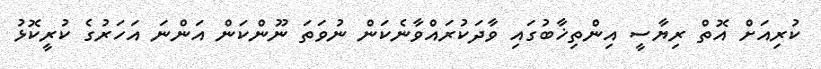
ކުރިއަށް އޮތް ރިޔާސީ އިންތިޚާބުގައި ވާދަކުރައްވާނެކަން ނުވަތަ ނޫންކަން އަންނަ އަހަރުގެ ކުރީކޮޅު